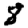
Digit: 8